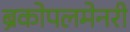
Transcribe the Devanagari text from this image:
ब्रंकोपलमेनरी